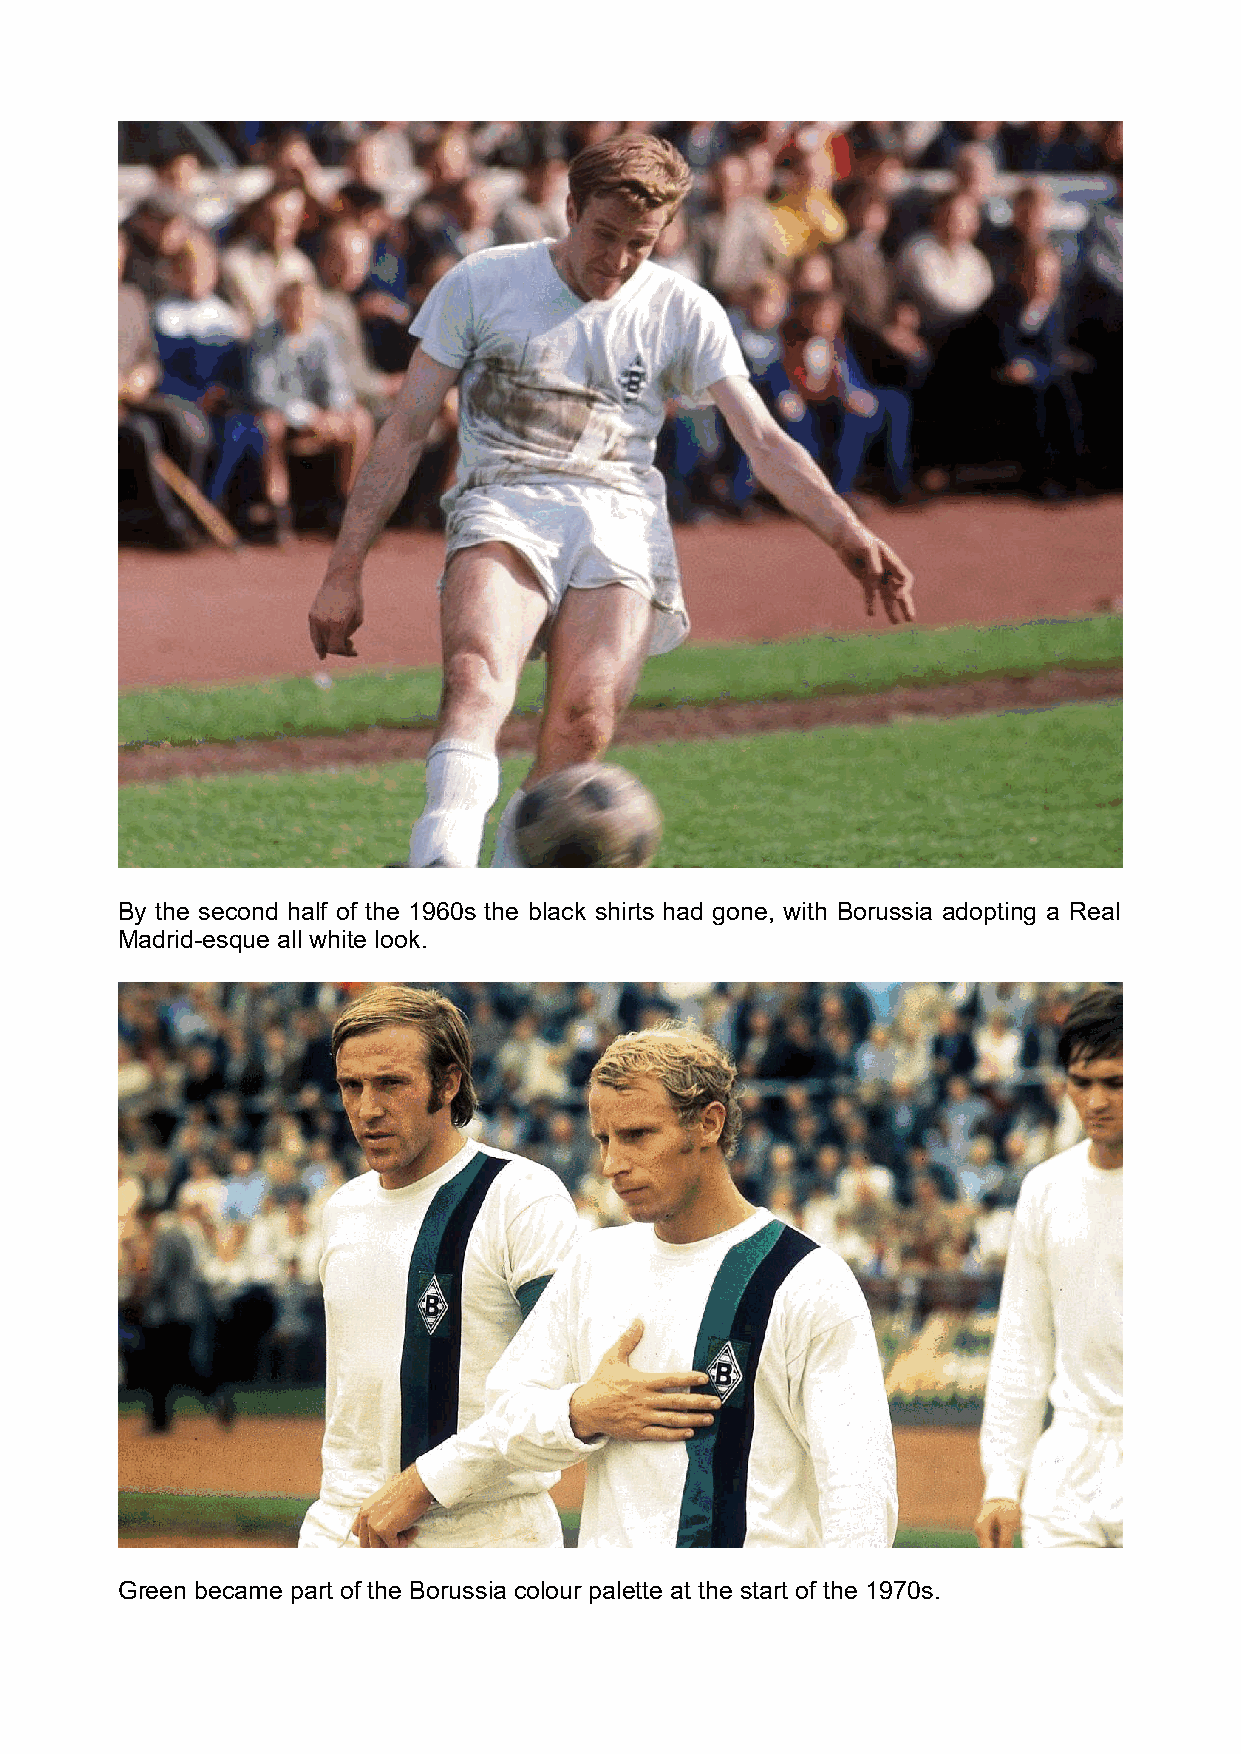
By the second half of the 1960s the black shirts had gone, with Borussia adopting a Real
 Madrid-esque all white look.
 Green became part of the Borussia colour palette at the start of the 1970s.